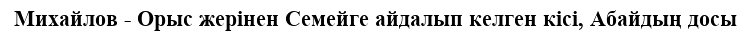
Михайлов - Орыс жерінен Семейге айдалып келген кісі, Абайдың досы